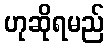
ဟုဆိုရမည်